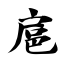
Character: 扈